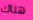
هناك